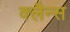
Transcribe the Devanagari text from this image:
क्लैन्स